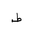
Letter: _da